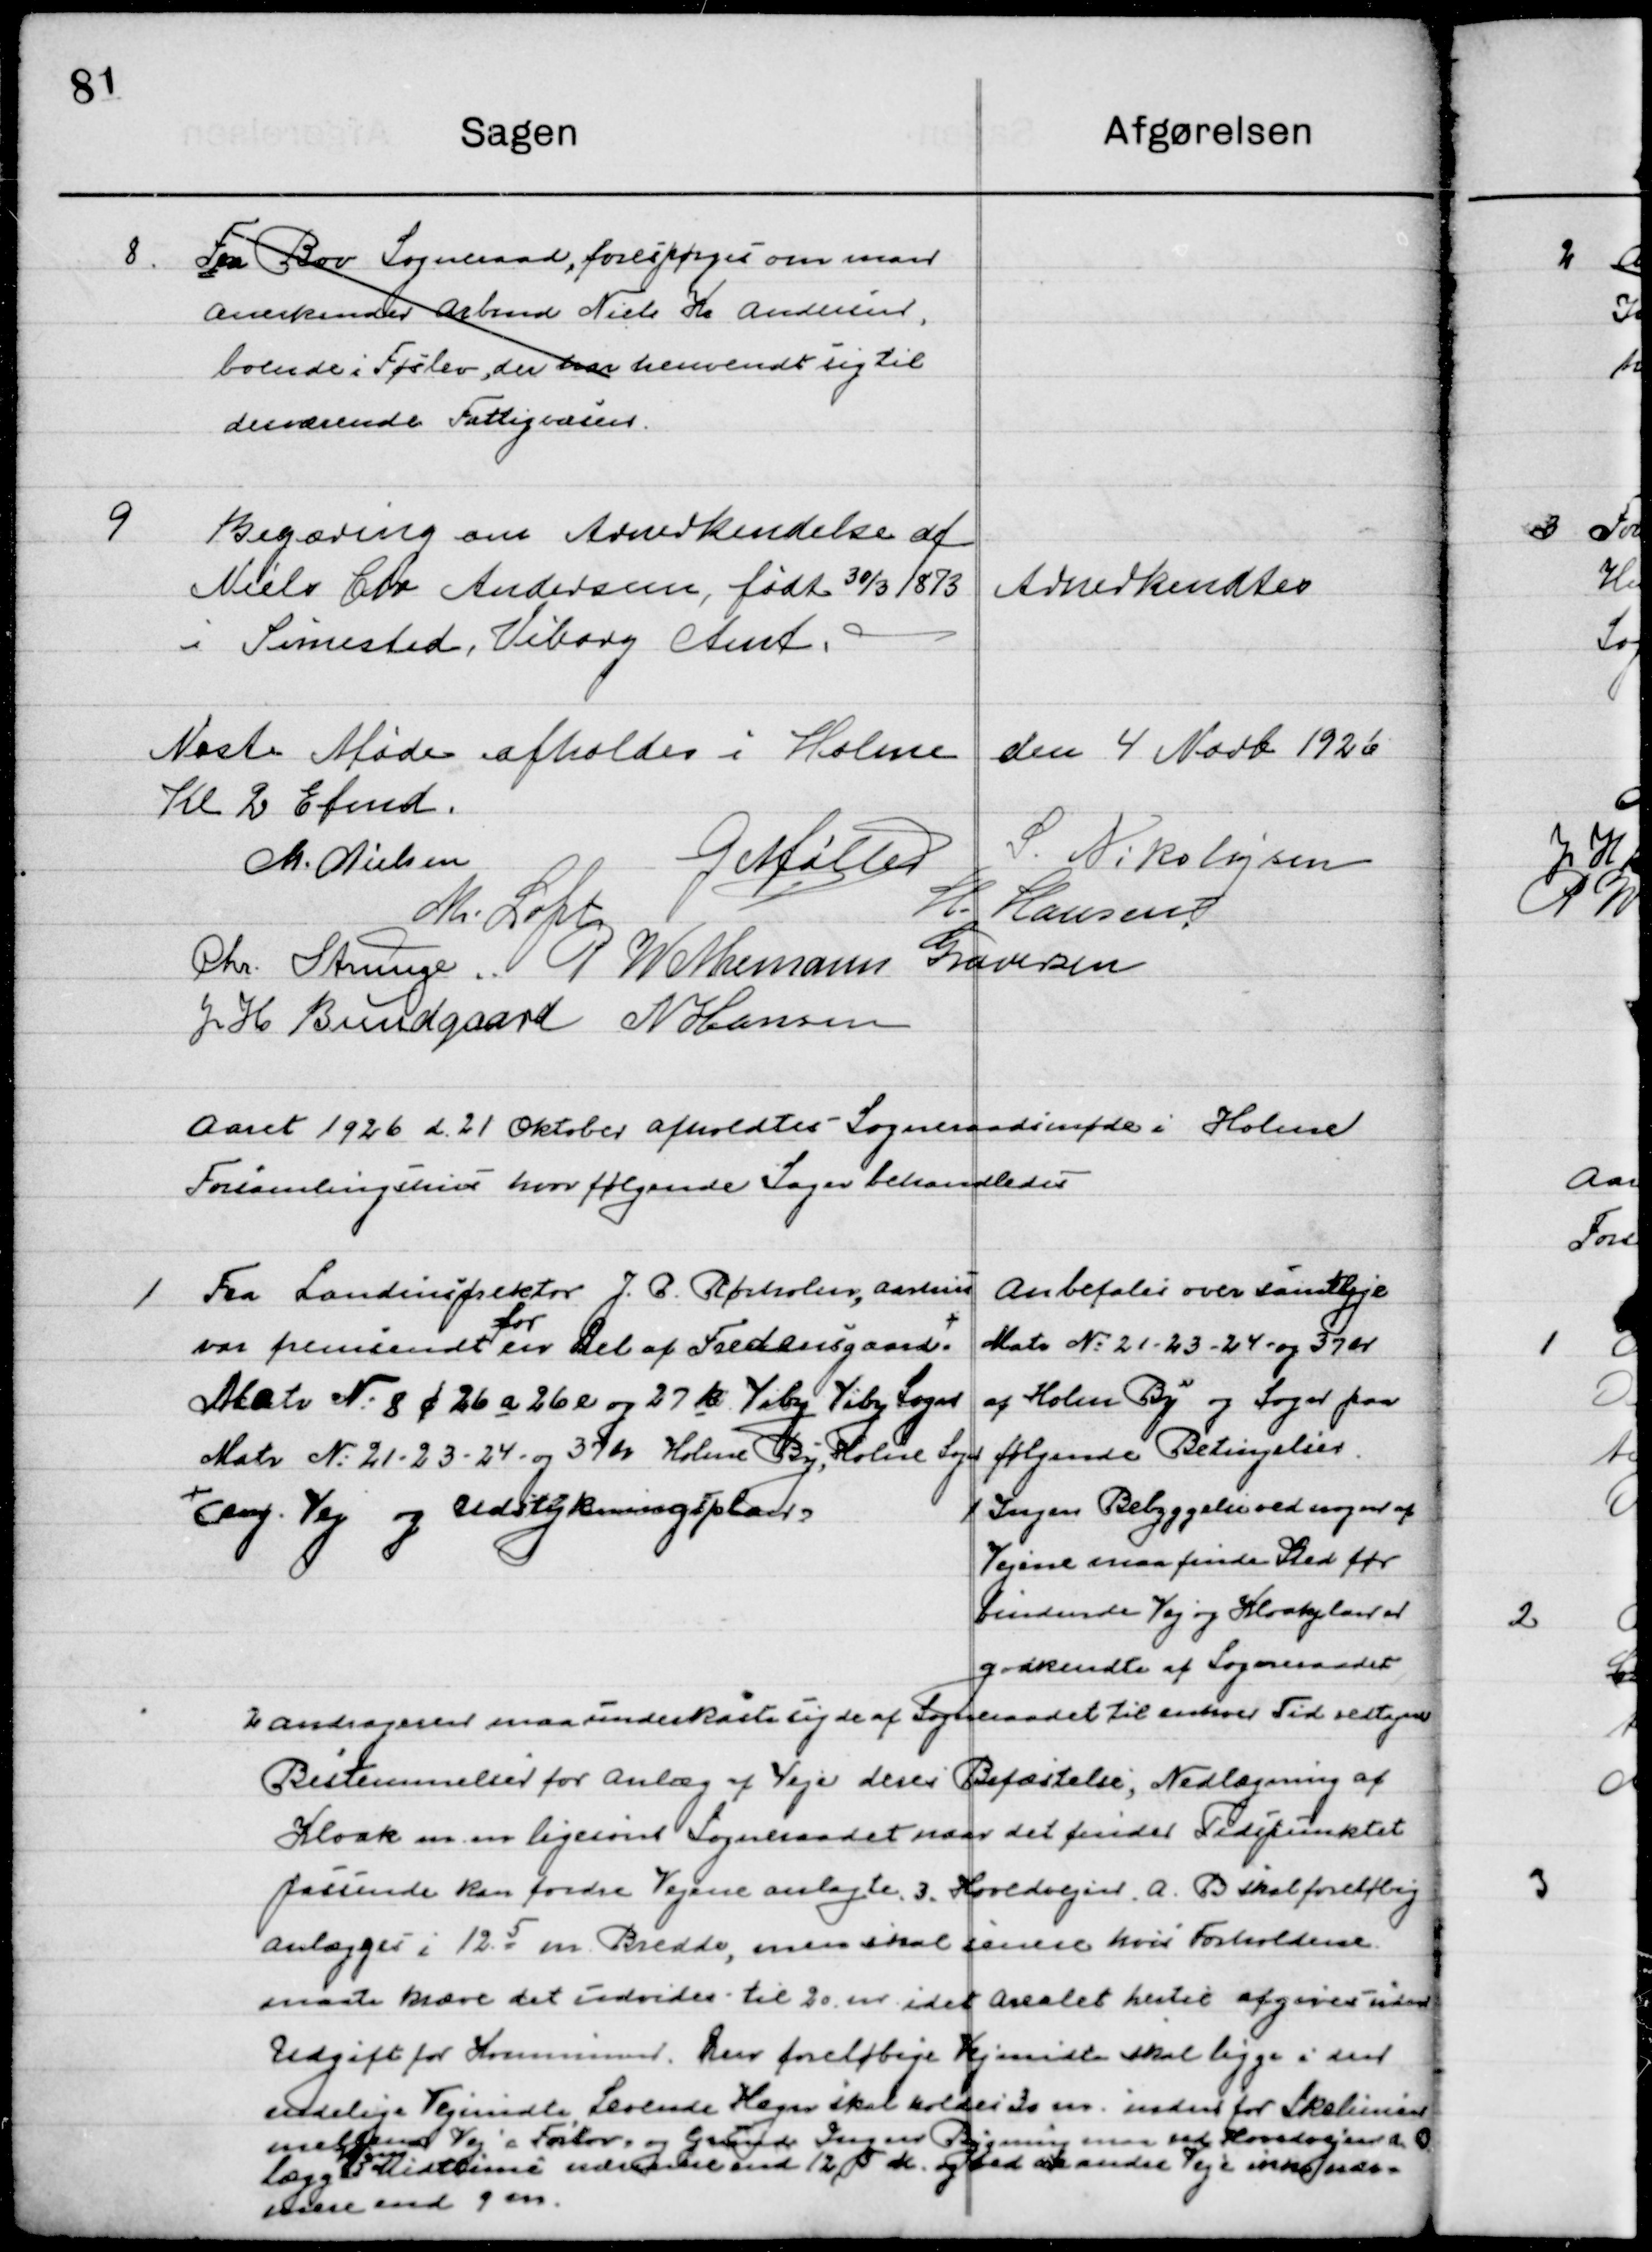
Transskription:
8

Fra Bov Sogneraad, forespørgsel om man
Anerkender Arbmd. Niels Kr. Andersen
Boende i Føslev, der har henvendt sig til  
derværende Fattigvæsen.

9

Begæring om Anerkendelse af
Niels Chr. Andersen født 30/3 1873
I Simested, Viborg Amt

Anerkendtes

Næste Møde afholdes i Holme den 4 Novb. 1926
Kl. 2 Eftermd.

M. Nielsen
G. Møller
S. Nikolajsen
M. Loft
H. Hansen
Chr. Strunge
G. W. Neumann Graversen
J. H. Bundgaard
N. Hansen

Aaret 1926 d. 21 Oktober afholdt Sogneraadsmøde i Holme  
Forsamlingshus hvor følgende Sager behandledes.

1

Fra Landinspektør J. P. Rørholm Aarhus
om fremsendelse for den del af Fredensgaard
Matr. Nr. 8 ø 26 a 26 e og 27  te Viby, Viby Sogn
Matr. Nr. 21 – 23 – 24 og 37 br Holme By, Holme Sogn + 
Eng Vej og Udstykningsplan

Anbefales over samtlige
Matr. Nr. 21 – 23 – 24 og 37 er
Af holme by og sogn paa
Følgende Betingelser.
1. Ingen Byggeri ved noget af
Vejene maa finde Sted før
Samtlige Veje og Kloak planer er
godkendte af Sogneraadet

2

Andragende må understaa sig de af Sogneraadet til enhver Tid vedtaget 
Bestemmelser for anlæg af Veje deres Befæstelse, Nedlægning af 
Kloak m.m. ligesom Sogneraadet maa det finde Tidspunktet 
passende kan fordre Vejene anlagte 3. Hovedveje A. B. skal foreløbig
Anlægges i 12,5 m Bredde, men skal senere hvis Forholdene 
maatte kræve det udvides til 20 m idet Arealet hertil afgives uden 
Udgift for Kommunen. Den foreløbige Vejmidte skal ligge i den 
endelige Vejmidte Levende Hegn skal holdes 30 m inden for Skellininien 
mellem Vej og Fortov, og grunde Ingens Bygning men ved Kovedgaard
lægges
som 
Midterlinje under indtil med 12,5 m og det en andre Veje ikke ude
men med 9 m.